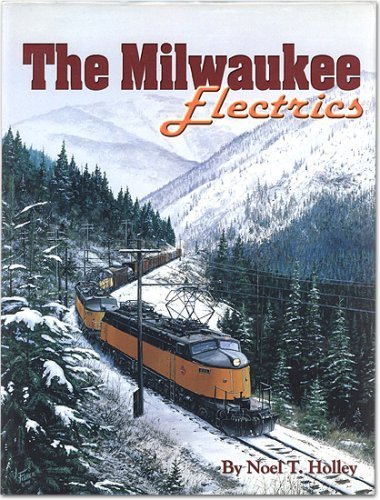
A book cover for The Milwaukee Electrics: An inside look at locomotives and railroading; Noel T. Holley; Arts & Photography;